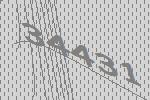
34431